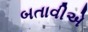
બતાવીએ